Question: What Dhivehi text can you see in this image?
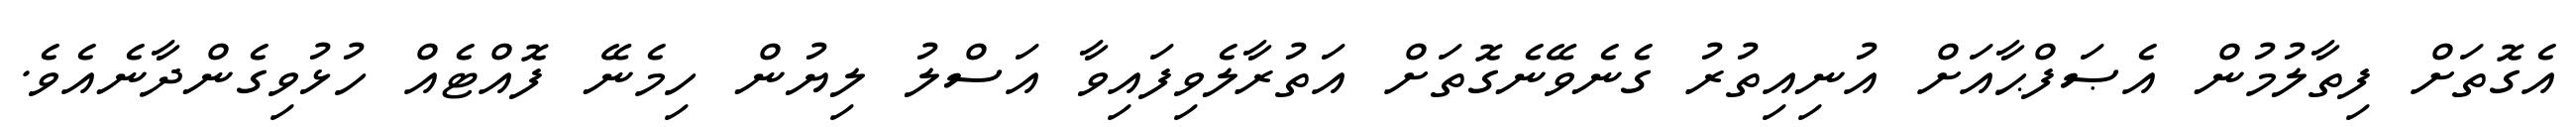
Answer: އެގޮތަށް ފިތާލުމުން އެޞަފްޙާއަށް އުނިއިތުރު ގެނެވޭނެގޮތަށް އަތުރާލެވިފައިވާ އަސްލު ލިޔުން ހިމެނޭ ފޮއްޓެއް ހުޅުވިގެންދާނެއެވެ.